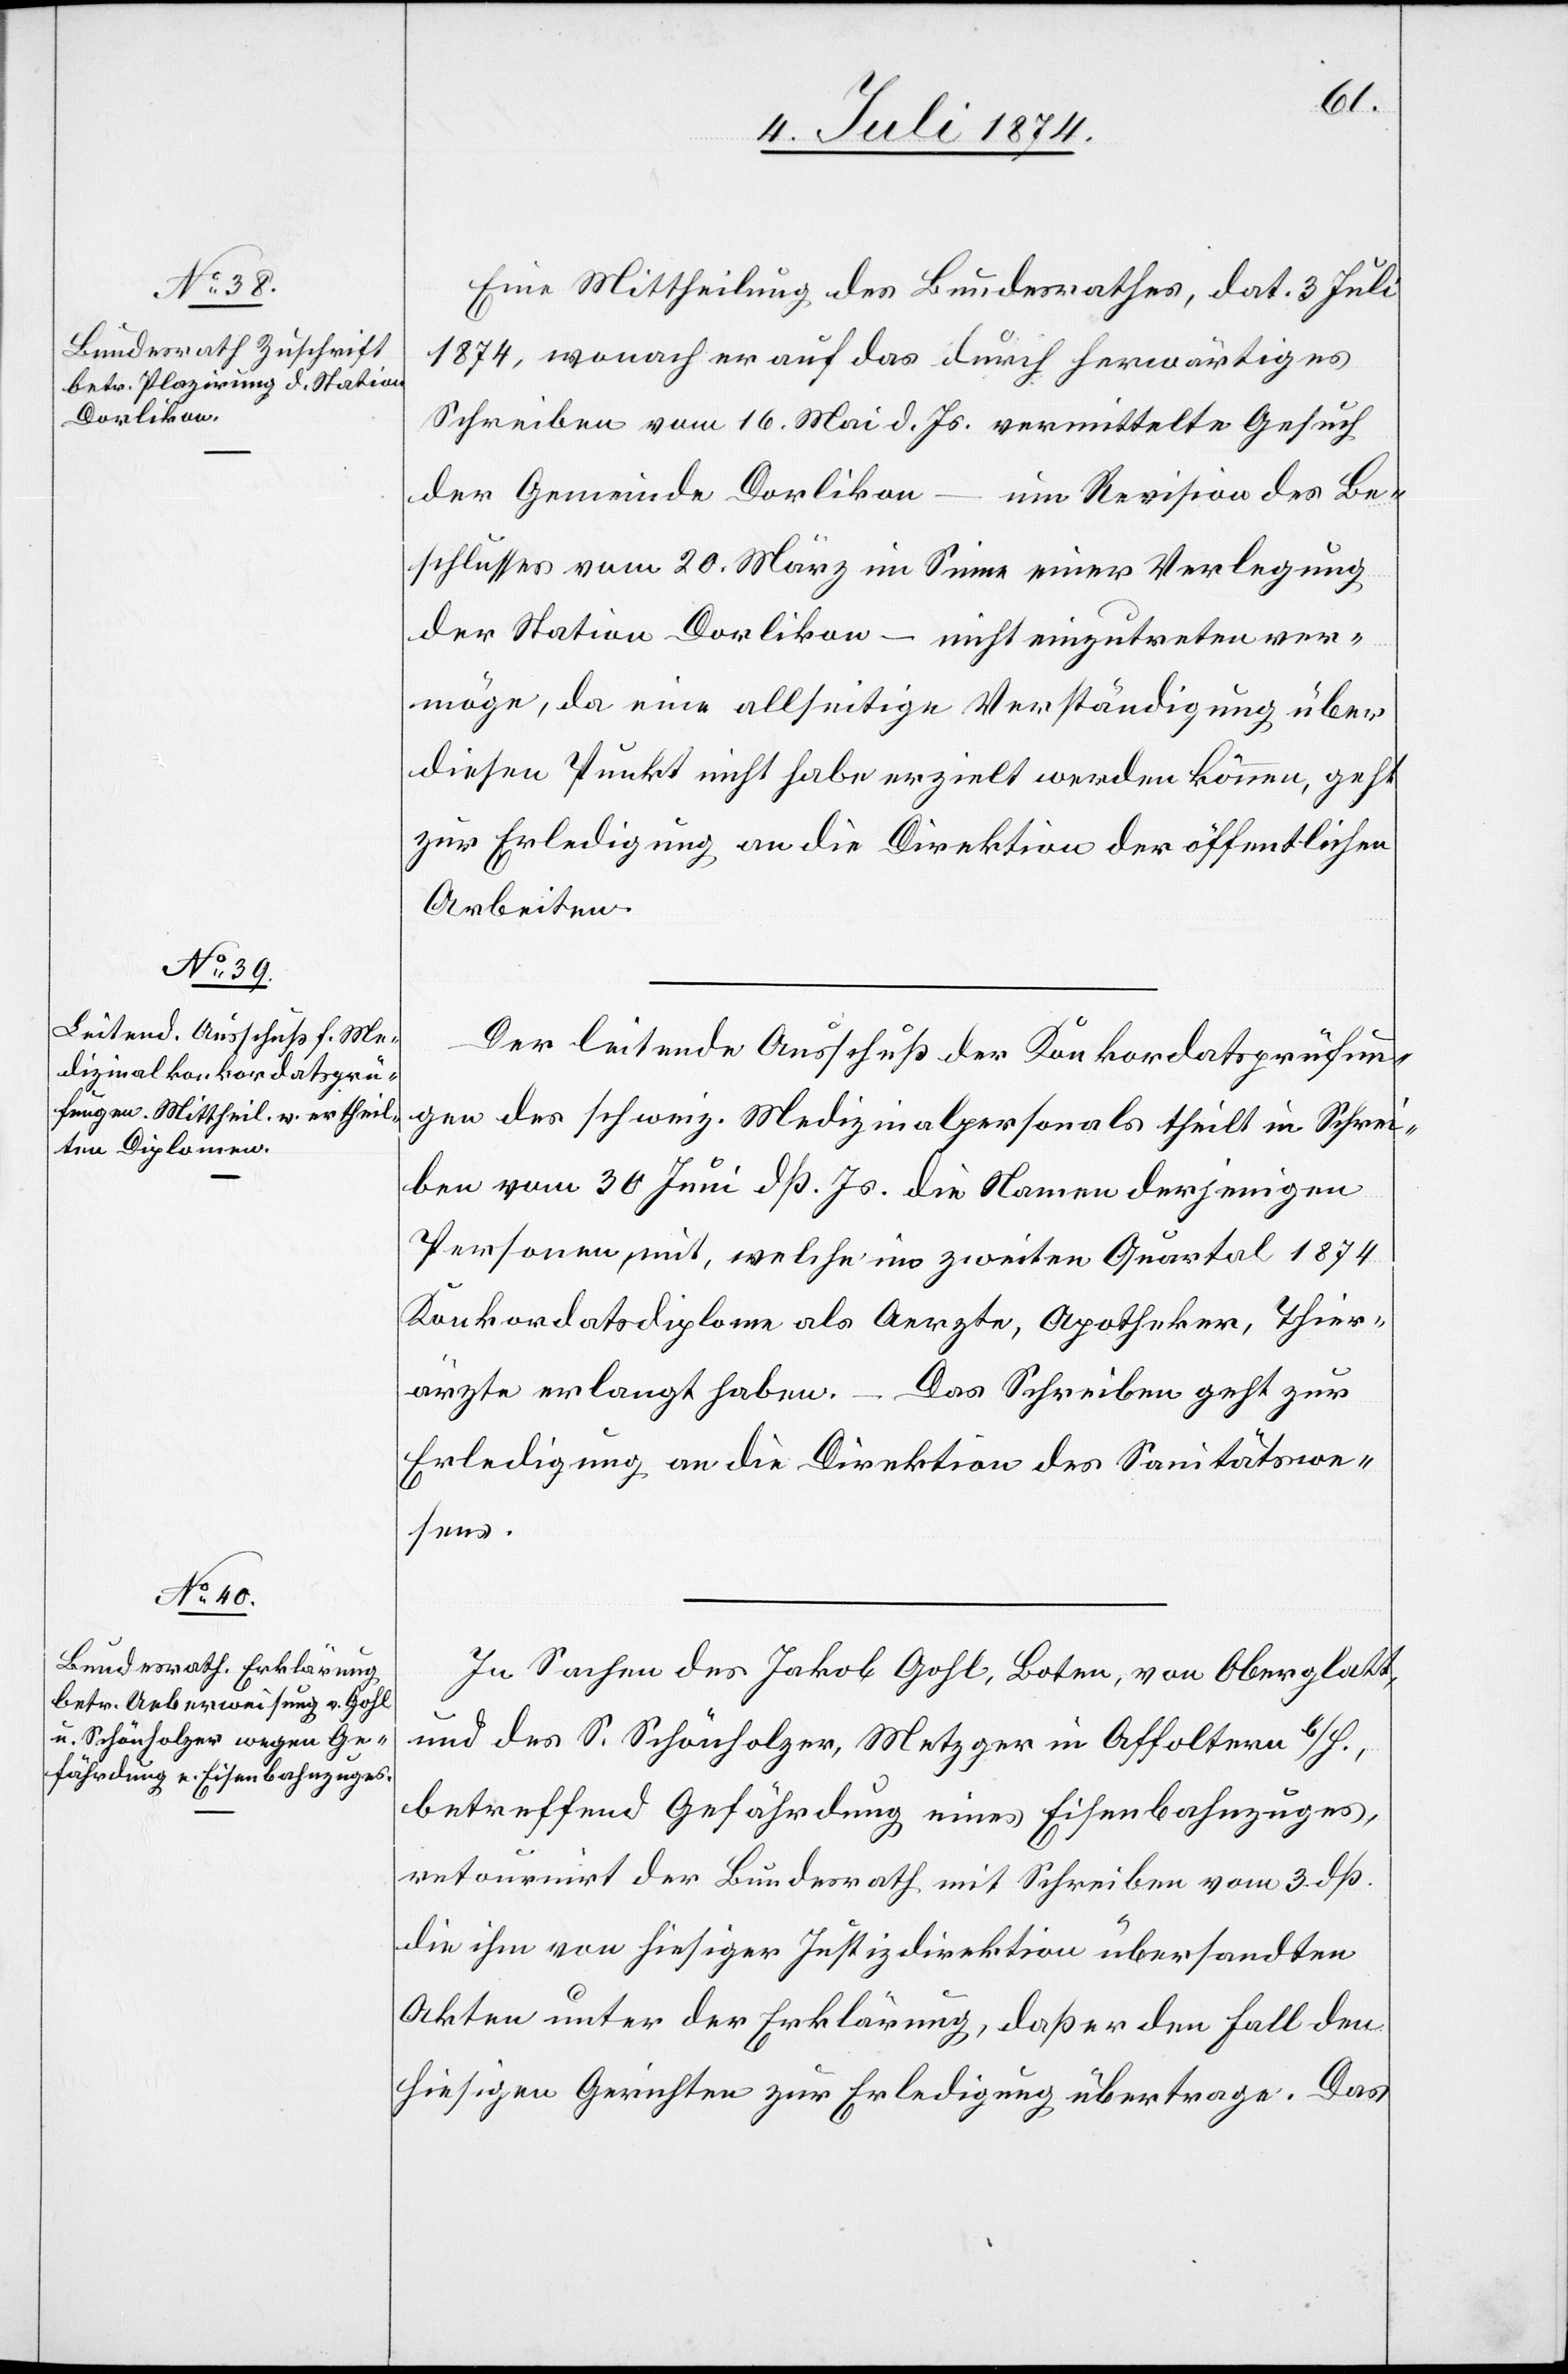
6. Juli 1874.]
Eine Mittheilung des Bundesrathes, dat. 3. Juli
1874, wonach er auf das durch herwärtiges
Schreiben vom 16. Mai d. Js. vermittelte Gesuch
der Gemeinde Dorlikon – um Revision des Be¬
schlusses vom 20. März im Sinne einer Verlegung
der Station Dorlikon – nicht einzutreten ver¬
möge, da eine allseitige Verständigung über
diesen Punkt nicht habe erzielt werden können, geht
zur Erledigung an die Direktion der öffentlichen
Arbeiten.
Der leitende Ausschuß der Konkordatsprüfun¬
gen des schweiz. Medizinalpersonals theilt in [sic!] Schrei¬
ben vom 30. Juni dß. Js. die Namen derjenigen
Personen mit, welche im zweiten Quartal 1874
Konkordatsdiplome als Aerzte, Apotheker, Thier¬
ärzte erlangt haben. – Das Schreiben geht zur
Erledigung an die Direktion des Sanitätswe¬
sens.
In Sachen des Jakob Gohl, Boten, von Oberglatt,
und des S. Schönholzer, Metzger in Affoltern b/H.,
betreffend Gefährdung eines Eisenbahnzuges,
retournirt der Bundesrath mit Schreiben vom 3. dß.
die ihm von hiesiger Justizdirektion übersandten
Akten unter der Erklärung, daß er den Fall den
hiesigen Gerichten zur Erledigung übertrage. Das